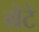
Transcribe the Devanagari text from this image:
ग्रेटे